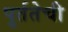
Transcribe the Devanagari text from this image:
पुर्ततेची